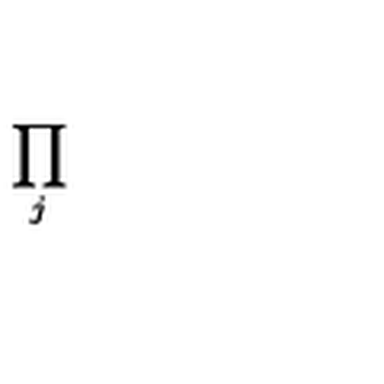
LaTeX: \prod _ { j }